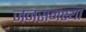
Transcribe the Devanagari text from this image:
जनसमस्या